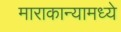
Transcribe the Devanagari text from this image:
माराकान्यामध्ये